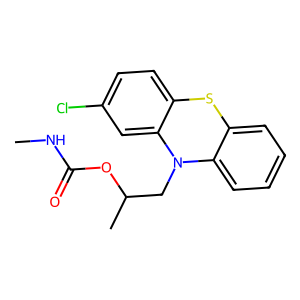
SMILES: CNC(=O)OC(C)CN1c2ccccc2Sc2ccc(Cl)cc21
Inhibits HIV replication: No